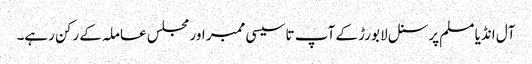
آل انڈیا مسلم پرسنل لا بورڑ کے آپ تاسیسی ممبر اور مجلس عاملہ کے رکن رہے۔